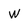
Character: w